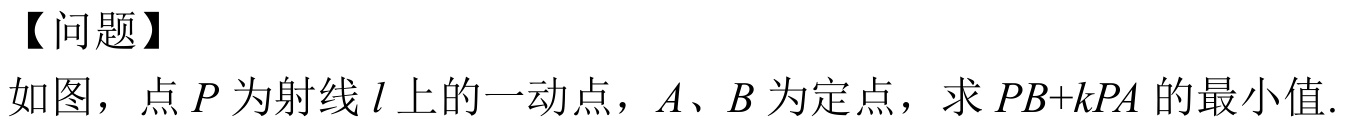
【问题】
如图，点 \(P\) 为射线 \(l\) 上的一动点，\(A\)、\(B\) 为定点，求 \(PB + kPA\) 的最小值.